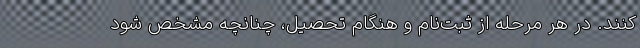
کنند. در هر مرحله‌ از ثبت‌نام‌ و هنگام‌ تحصیل‌، چنانچه‌ مشخص‌ شود